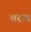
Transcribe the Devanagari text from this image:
शरव्य